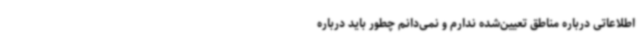
اطلاعاتی درباره مناطق تعیین‌شده ندارم و نمی‌دانم چطور باید درباره